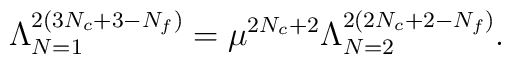
\Lambda_{N=1}^{2(3N_{c}+3-N_{f})} = \mu^{2N_{c} + 2}\Lambda_{N=2}^{2(2N_{c} + 2-N_{f})}.